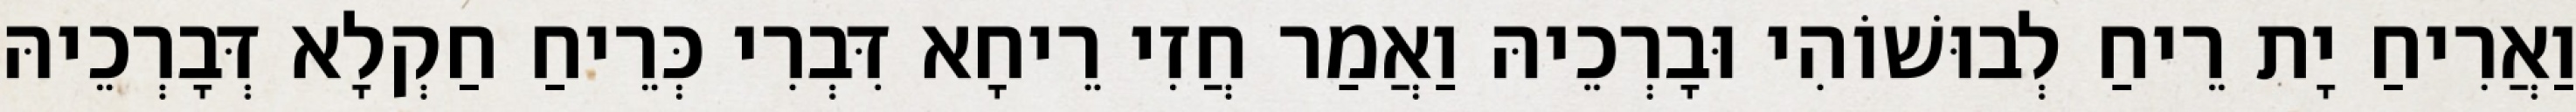
וַאֲרִיחַ יָת רֵיחַ לְבוּשׁוֹהִי וּבָרְכֵיהּ וַאֲמַר חֲזִי רֵיחָא דִּבְרִי כְּרֵיחַ חַקְלָא דְּבָרְכֵיהּ